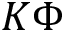
K \Phi